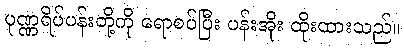
ပုဏ္ဏရိပ်ပန်းတို့ကို ရောစပ်ပြီး ပန်းအိုး ထိုးထားသည်။